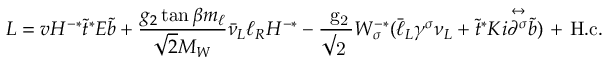
{ \cal L } = v H ^ { - * } \tilde { t } ^ { * } { \cal E } \tilde { b } + { \frac { g _ { 2 } \tan \beta m _ { \ell } } { \sqrt 2 M _ { W } } } \bar { \nu } _ { L } \ell _ { R } H ^ { - * } - \mathrm { \frac { ~ g _ { 2 } } { \surd 2 ~ } } W _ { \sigma } ^ { - * } ( \bar { \ell } _ { L } \gamma ^ { \sigma } \nu _ { L } + \tilde { t } ^ { * } { \cal K } i { \stackrel { \leftrightarrow } { \partial ^ { \sigma } } } \tilde { b } ) \mathrm { ~ + ~ H . c . ~ }